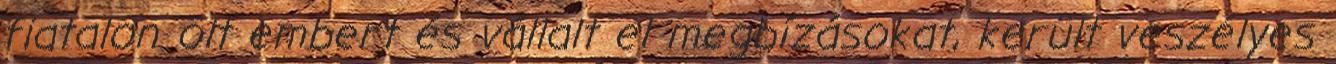
fiatalon ölt embert és vállalt el megbízásokat, került veszélyes